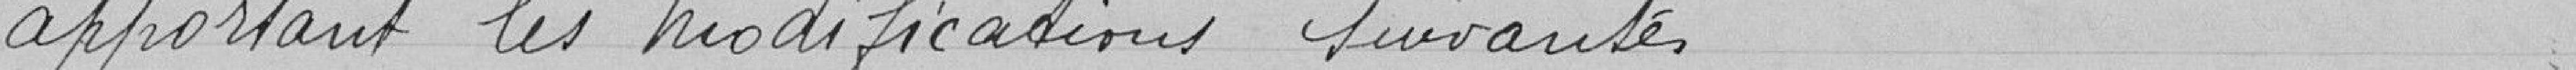
apportant les modifications suivantes